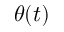
\theta ( t )